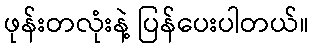
ဖုန်းတလုံးနဲ့ ပြန်ပေးပါတယ်။